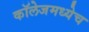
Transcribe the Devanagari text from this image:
कॉलेजमध्येच